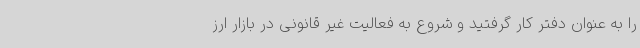
را به عنوان دفتر کار گرفتید و شروع به فعالیت غیر قانونی در بازار ارز